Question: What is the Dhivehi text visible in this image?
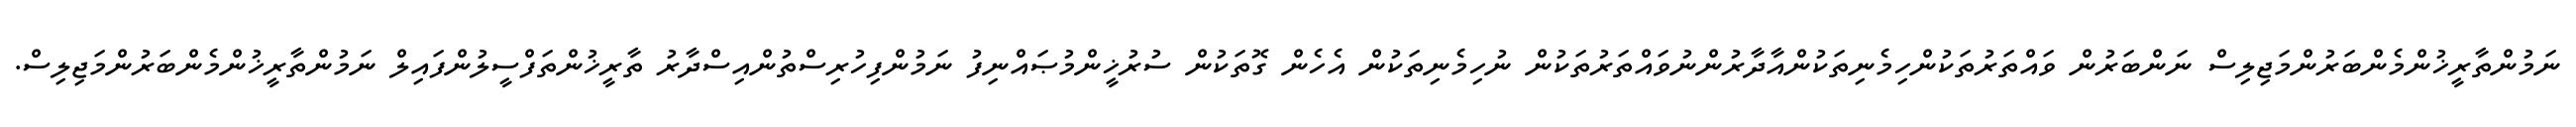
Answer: ނަމުންތާރީޚުންމެންބަރުންމަޖިލިސް ނަންބަރުން ވައްތަރުތަކުންހިމެނިތަކުންއާދާރުންނުވައްތަރުތަކުން ނުހިމެނިތަކުން އެހެން ގޮތަކުން ސުރުޚީންމުޞައްނިފު ނަމުންފިހުރިސްތުންއިސްދާރު ތާރީޚުންތަފްސީލުންފައިލް ނަމުންތާރީޚުންމެންބަރުންމަޖިލިސް.